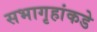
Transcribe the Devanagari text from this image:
सभागृहांकडे